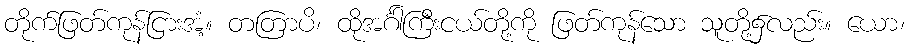
တိုက်ဖြတ်ကုန်ငြားအံ့။ တတြာပိ၊ ထိုအင်္ဂါကြီးငယ်တို့ကို ဖြတ်ကုန်သော သူတို့၌လည်း။ ယော၊